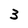
Character: 3